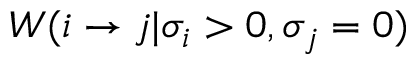
W ( i \to j | \sigma _ { i } > 0 , \sigma _ { j } = 0 )